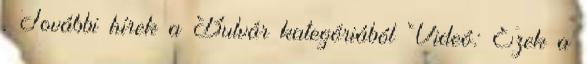
.További hírek a Bulvár kategóriából Videó: Ezek a